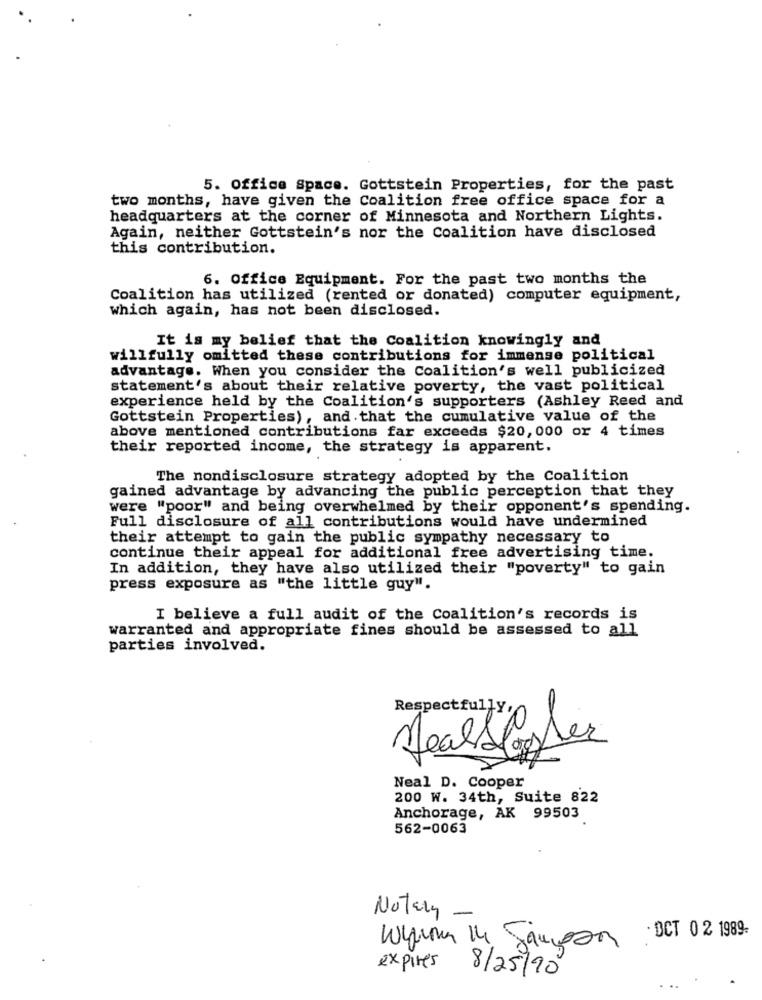
5. Office Space. Gottstein Properties, for the past
two months, have given the Coalition free office space for a
headquarters at the corner of Minnesota and Northern Lights.
Again, neither Gottstein's nor the Coalition have disclosed
this contribution.
6. Office Equipment. For the past two months the
Coalition has utilized (rented or donated) computer equipment,
which again, has not been disclosed.
It is my belief that the Coalition knowingly and
willfully omitted these contributions for immense political
advantage. When you consider the Coalition's well publicized
statement's about their relative poverty, the vast political
experience held by the Coalition's supporters (Ashley Reed and
Gottstein Properties), and that the cumulative value of the
above mentioned contributions far exceeds $20,000 or 4 times
their reported income, the strategy is apparent.
The nondisclosure strategy adopted by the Coalition
gained advantage by advancing the public perception that they
were "poor" and being overwhelmed by their opponent's spending.
Full disclosure of all contributions would have undermined
their attempt to gain the public sympathy necessary to
continue their appeal for additional free advertising time.
In addition, they have also utilized their "poverty" to gain
press exposure as "the little guy".
I believe a full audit of the Coalition's records is
warranted and appropriate fines should be assessed to all
parties involved.
Respectfully,
2
Neal D. Cooper
200 W. 34th, Suite 822
Anchorage, AK 99503
562-0063
Notary -
· DCT 0 2 1989-
Wyuma 14 Jameson
expires 8/25/20